Leaving Certificate Examination (including Day School Certificate (Higher) General paper), 1936
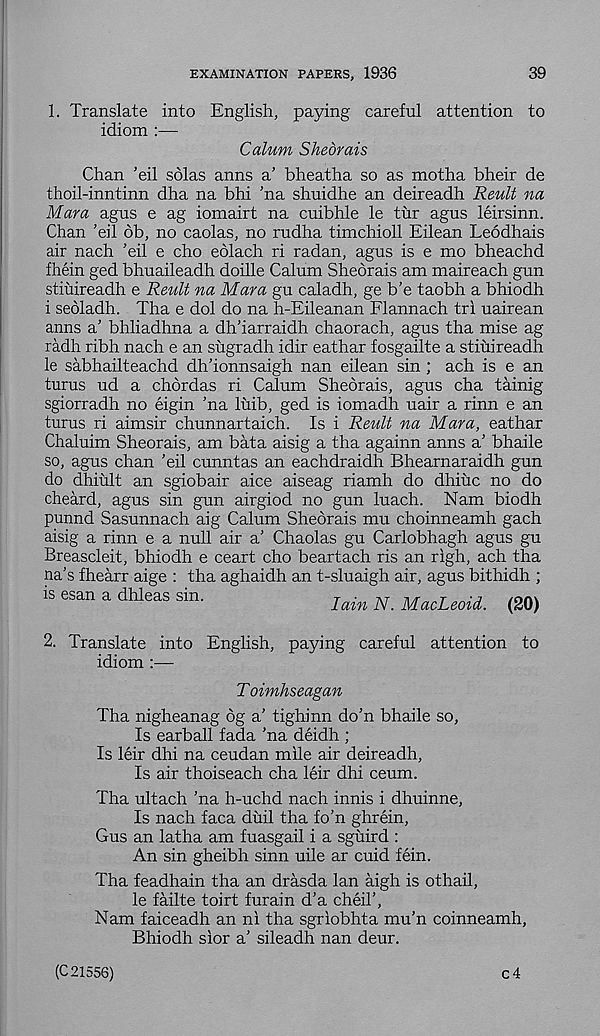
EXAMINATION PAPERS, 1936
39
1. Translate into English, paying careful attention to
idiom :—
Calum Shearais
Chan ’eil solas anns a’ bheatha so as motha bheir de
thoil-inntinn dha na bhi 'na shuidhe an deireadh Reult na
Mara agus e ag iomairt na cuibhle le tur agus leirsinn.
Chan ’eil 6b, no caolas, no rudha timchioll Eilean Leodhais
air nach ’eil e cho eolach ri radan, agus is e mo bheachd
fhein ged bhuaileadh doille Calum Sheorais am maireach gun
stiuireadh e Reult na Mara gu caladh, ge b’e taobh a bhiodh
i seoladh. Tha e dol do na h-Eileanan Flannach tri uairean
anns a’ bhliadhna a dh’iarraidh chaorach, agus tha mise ag
radh ribh nach e an sugradh idir eathar fosgailte a stiuireadh
le sabhailteachd dh’ionnsaigh nan eilean sin ; ach is e an
turns ud a chordas ri Calum Sheorais, agus cha tainig
sgiorradh no eigin ’na luib, ged is iomadh uair a rinn e an
turus ri aimsir chunnartaich. Is i Reult na Mara, eathar
Chaluim Sheorais, am bata aisig a tha againn anns a’ bhaile
so, agus chan ’eil cunntas an eachdraidh Bhearnaraidh gun
do dhiult an sgiobair aice aiseag riamh do dhiuc no do
cheard, agus sin gun airgiod no gun luach. Nam biodh
punnd Sasunnach aig Calum Sheorais mu choinneamh gach
aisig a rinn e a null air a’ Chaolas gu Carlobhagh agus gu
Breascleit, bhiodh e ceart cho beartach ris an righ, ach tha
na’s fhearr aige : tha aghaidh an t-sluaigh air, agus bithidh ;
is esan a dhleas sin.
jV. MacLeoid. (20)
2. Translate into English, paying careful attention to
idiom :—
Toimhseagan
Tha nigheanag 6g a’ tighinn do’n bhaile so,
Is earball fada ’na deidh ;
Is leir dhi na ceudan mile air deireadh,
Is air thoiseach cha leir dhi ceum.
Tha ultach ’na h-uchd nach innis i dhuinne,
Is nach faca duil tha fo’n ghrein,
Gus an latha am fuasgail i a sguird :
An sin gheibh sinn uile ar cuid fein.
Tha feadhain tha an drasda lan aigh is othail,
le failte toirt furain d’a cheil’,
Nam faiceadh an ni tha sgriobhta mu’n coinneamh,
Bhiodh sior a’ sileadh nan deur.
(C 21556)
c4